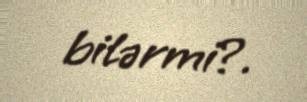
bilərmi?.